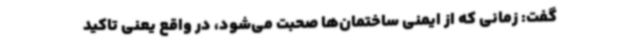
گفت: زمانی که از ایمنی ساختمان‌ها صحبت می‌شود، در واقع یعنی تاکید